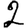
Digit: 2